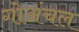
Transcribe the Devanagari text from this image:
गोअंचल